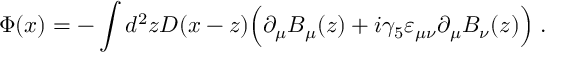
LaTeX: \Phi ( x ) = - \int d ^ { 2 } z D ( x - z ) \Big ( \partial _ { \mu } B _ { \mu } ( z ) + i \gamma _ { 5 } \varepsilon _ { \mu \nu } \partial _ { \mu } B _ { \nu } ( z ) \Big ) \; .